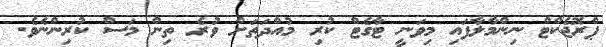
ޕްރޮޖެކްޓް ނިންމާލާފައި މިވަނީ ޓާގެޓް ކުރި މުއްދަތަށް ވުރެ ތިން މަސް ކުރިންނެވެ.